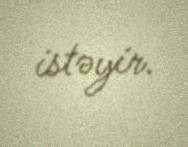
istəyir.